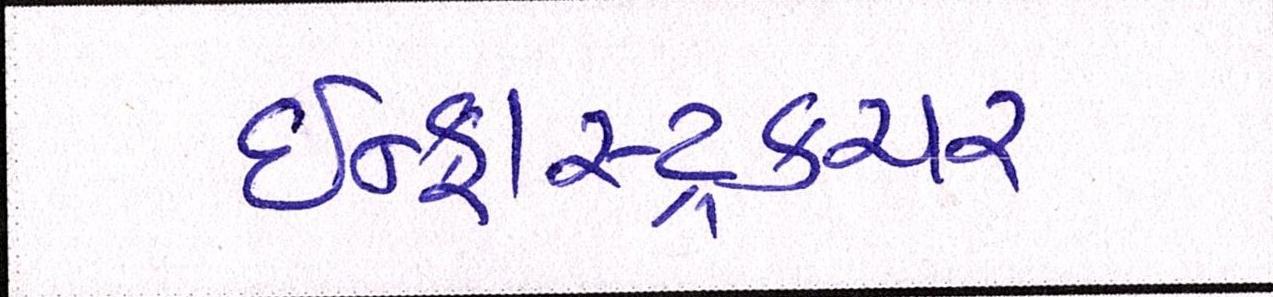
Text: ઇન્ફ્રાસ્ટ્રકચર